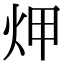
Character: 炠